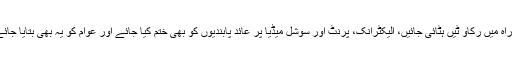
قاضی عبدالقدیر خاموش نے مطالبہ کیا کہ اسلام آباد اور راولپبنڈی میں کرفیو نافذ ہے، لوگوں کی راہ میں رکاو ٹیں ہٹائی جائیں، الیکٹرانک، پرنٹ اور سوشل میڈیا پر عائد پابندیوں کو بھی ختم کیا جائے اور عوام کو یہ بھی بتایا جائے کہ سعودی شہزادے کے ساتھ ہونیوالے معاہدوں کے عوض قوم کا کیا کچھ گروی رکھا گیا ہے۔